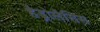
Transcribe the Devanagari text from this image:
हैड्रोलैसिस